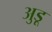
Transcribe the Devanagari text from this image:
अुडू